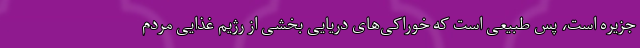
جزیره‌ است، پس طبیعی است که خوراکی‌های دریایی بخشی از رژیم غذایی مردم